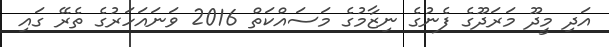
އަދި މީދޫ މަރަދޫގެ ފެނުގެ ނިޒާމުގެ މަސައްކަތް 2016 ވަނައަހަރުގެ ތެރޭ ގައި